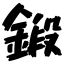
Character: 鍛